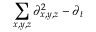
\sum _ { x , y , z } \partial _ { x , y , z } ^ { 2 } - \partial _ { t }